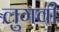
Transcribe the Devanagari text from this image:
लुगवी